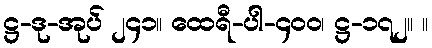
ဋ္ဌ-ဒု-အုပ် ၂၄၁။ ထေရီ-ပါ-၄၀၀၊ ဋ္ဌ-၁၇၂။ ။